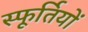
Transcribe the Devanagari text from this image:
स्फूर्तियों